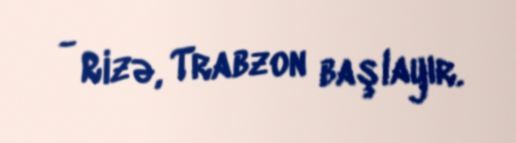
- Rizə, Trabzon başlayır.